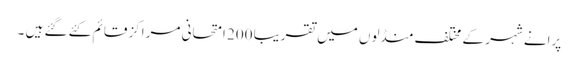
پرانے شہر کے مختلف منڈلوں میں تقریبا 200 امتحانی مراکز قائم کئے گئے ہیں ۔